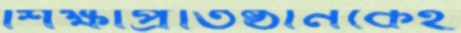
শিক্ষাপ্রতিষ্ঠানকেই